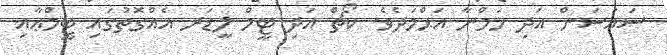
ސައުސަން އަދި ހަމްނާ އަޙްމަދެވެ. ކޯޗް އަދި ޓީމް ލީޑަރ އެއްގޮތުގައި ޓީމްޢާއި